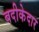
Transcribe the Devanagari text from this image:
बदीकेदार